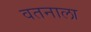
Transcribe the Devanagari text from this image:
वतनाला